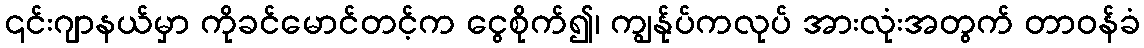
၎င်းဂျာနယ်မှာ ကိုခင်မောင်တင့်က ငွေစိုက်၍၊ ကျွန်ုပ်ကလုပ် အားလုံးအတွက် တာဝန်ခံ